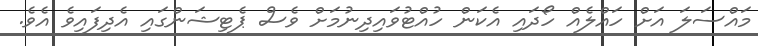
މައްސަލަ އަށް ހައްލެއް ހޯދައި އެކަން ހުއްޓުވައިދިނުމަށް ވެސް ޕެޓިޝަންގައި އެދިފައިވެ އެވެ.